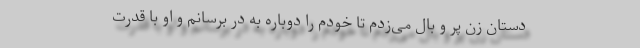
دستان زن پر و بال می‌زدم تا خودم را دوباره به در برسانم و او با قدرت